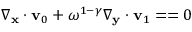
\nabla _ { \mathbf x } \cdot \mathbf v _ { 0 } + \omega ^ { 1 - \gamma } \nabla _ { \mathbf y } \cdot \mathbf v _ { 1 } = = 0